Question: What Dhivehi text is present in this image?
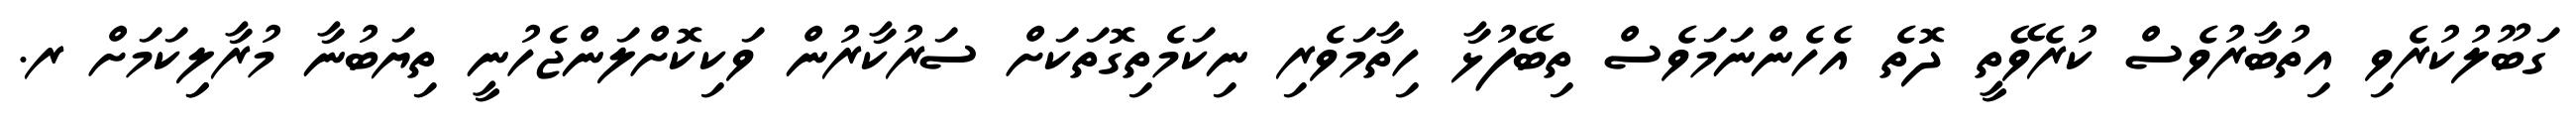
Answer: ގަބޫލުކުރެވި އިތުބާރުވެސް ކުރެވޭތީ ދޮތެ އެހެންނަމަވެސް ތިބޭފުޅާ ހިތާމަވެރި ނިކަމެތިގޮތަކަށް ސަރުކާރުން ވަކިކޮށްލަންޖެހުނީ ތިޔަބުނާ މުރާލިިކަމަށް ރ.